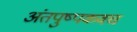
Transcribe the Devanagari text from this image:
अंतपुष्पकवच